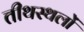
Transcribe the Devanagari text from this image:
तीथस्थलों